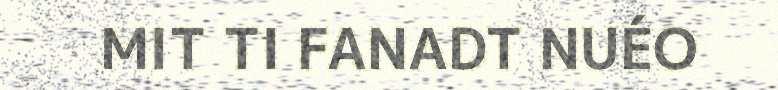
MIT TI FANADT NUÉO